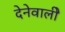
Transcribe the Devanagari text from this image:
देनेवालीे